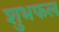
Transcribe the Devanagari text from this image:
शुभफल